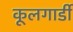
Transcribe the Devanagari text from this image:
कूलगार्डी